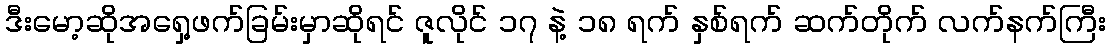
ဒီးမော့ဆိုအရှေ့ဖက်ခြမ်းမှာဆိုရင် ဇူလိုင် ၁၇ နဲ့ ၁၈ ရက် နှစ်ရက် ဆက်တိုက် လက်နက်ကြီး